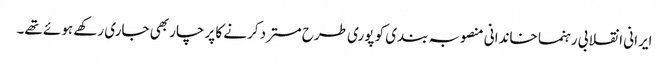
ایرانی انقلابی رہنما خاندانی منصوبہ بندی کو پوری طرح مسترد کرنے کا پرچار بھی جاری رکھے ہوئے تھے۔